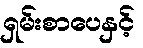
ရှမ်းစာပေနှင့်